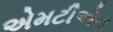
એમટીએન